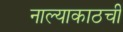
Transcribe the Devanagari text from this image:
नाल्याकाठची